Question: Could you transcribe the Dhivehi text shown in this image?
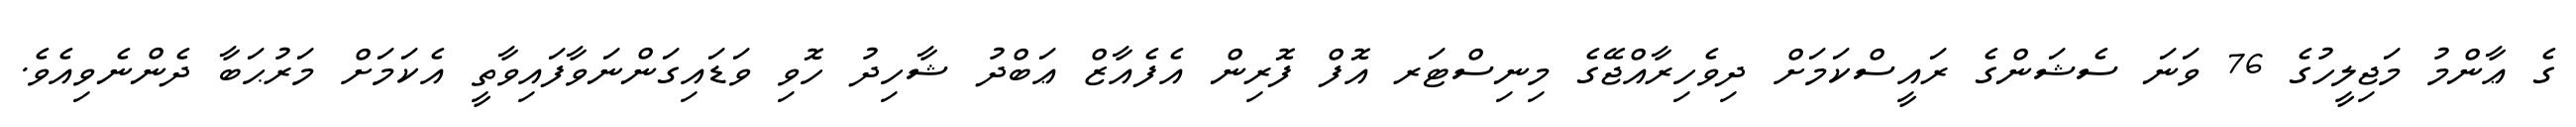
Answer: ގެ ޢާންމު މަޖިލީހުގެ 76 ވަނަ ސެޝަންގެ ރައީސްކަމަށް ދިވެހިރާއްޖޭގެ މިނިސްޓަރ އޮފް ފޮރިން އެފެއާޒް ޢަބްދު ޝާހިދު ހޮވި ވަޑައިގަންނަވާފައިވާތީ އެކަމަށް މަރުޙަބާ ދެންނެވިއެވެ.